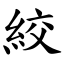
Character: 絞